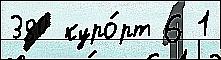
380 куро́рт 6 1